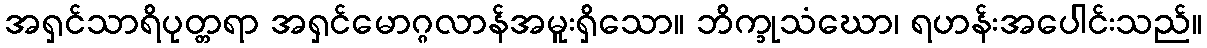
အရှင်သာရိပုတ္တရာ အရှင်မောဂ္ဂလာန်အမူးရှိသော။ ဘိက္ခုသံဃော၊ ရဟန်းအပေါင်းသည်။